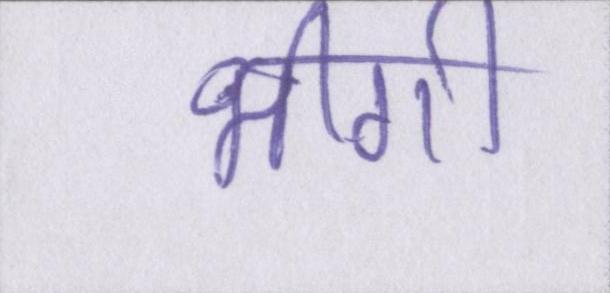
भीगी